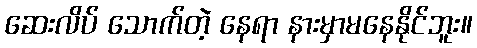
ဆေးလိပ် သောက်တဲ့ နေရာ နားမှာမနေနိုင်ဘူး။